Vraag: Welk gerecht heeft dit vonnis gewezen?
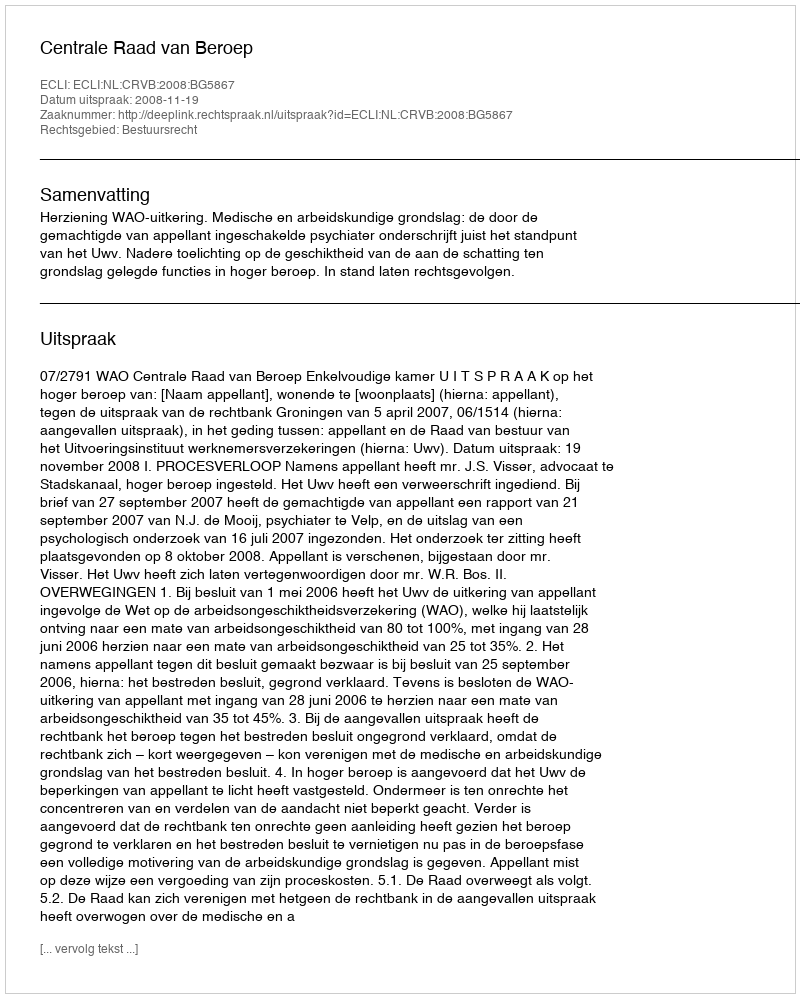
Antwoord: Centrale Raad van Beroep